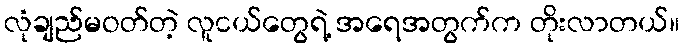
လုံချည်မဝတ်တဲ့ လူငယ်တွေရဲ့ အရေအတွက်က တိုးလာတယ်။